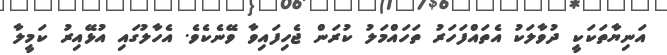
އަނިޔާތަކަކީ ދުވާލަކު އެތައްފަހަރު ތަހައްމަލު ކުރަން ޖެހިފައިވާ ވޭނެކެވެ. އެހާލުގައި އުޅޭއިރު ކަމީލާ